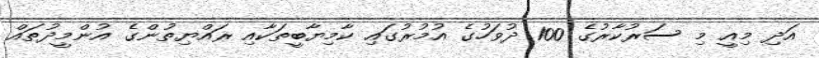
އަދި މިއީ މި ސަރުކާރުގެ 100 ދުވަހުގެ އުމުރުގައި ކާމިޔާބީތަކާއި ރައްޔިތުންގެ އުންމީދުތައް